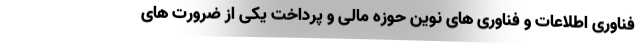
فناوری اطلاعات و فناوری های نوین حوزه مالی و پرداخت یکی از ضرورت های